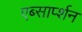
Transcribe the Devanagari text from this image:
एब्सार्प्शन